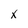
Character: X